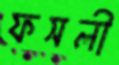
ফসলী